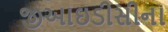
જીઆઇડીસીના